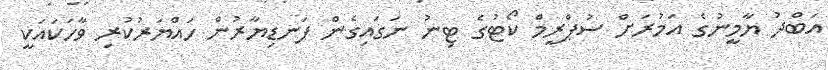
އަބްދު ޔާމީނުގެ އަމުރަށް ސުޕްރީމް ކޯޓުގެ ޓިނު ނަގައިގެން ފަނޑިޔާރުން ހައްޔަރުކުރި ވާހަކައަކީ